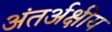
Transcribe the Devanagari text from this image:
अंतर्अक्षीय